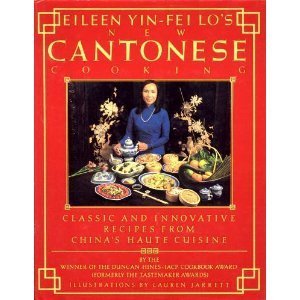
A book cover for Eileen Yin-Fei Lo's New Cantonese Cooking; Eileen Yin-Fei Lo; Cookbooks, Food & Wine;